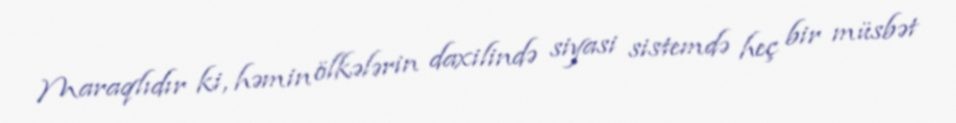
Maraqlıdır ki, həmin ölkələrin daxilində siyasi sistemdə heç bir müsbət